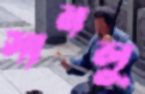
সানলু